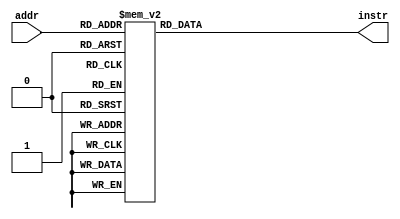
module instruction_rom(input [4:0] addr, output reg [31:0] instr);

always @* begin
	case (addr)
	5'd0: instr = 32'h00600513;
	5'd1: instr = 32'h00c000ef;
	5'd2: instr = 32'h00a02023;
	5'd3: instr = 32'hffffffff; 
	5'd4: instr = 32'hff810113;
	5'd5: instr = 32'h00112223;
	5'd6: instr = 32'h00a12023;
	5'd7: instr = 32'hfff50513;  
	5'd8: instr = 32'h00051863;  
	5'd9: instr = 32'h00100513;  
	5'd10: instr = 32'h00810113;  
	5'd11: instr = 32'h00008067;  
	5'd12: instr = 32'hfe1ff0ef;  
	5'd13: instr = 32'h00050293;  
	5'd14: instr = 32'h00012503;  
	5'd15: instr = 32'h00412083;  
	5'd16: instr = 32'h00810113;  
	5'd17: instr = 32'h02550533;  
	5'd18: instr = 32'h00008067;  
	default: instr = 32'hffff_ffff; // halt
	endcase
end

endmodule